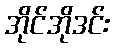
အိုင်အိုဒင်း